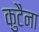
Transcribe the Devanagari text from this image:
कुटैना